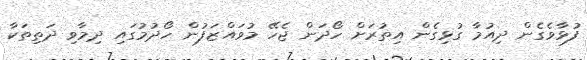
ފުޅާވެގެން ދިއުމާ ގުޅިގެން އިތުރަށް ހޯދަން ޖެހޭ މުވައްޒަފުން ހޯދުމުގައި ދިމާވި ދަތިތަކާ